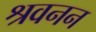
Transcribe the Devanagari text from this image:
श्रवनन